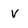
Character: v